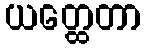
ယတ္ထေတာ